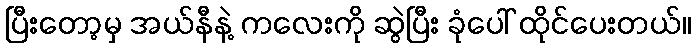
ပြီးတော့မှ အယ်နီနဲ့ ကလေးကို ဆွဲပြီး ခုံပေါ် ထိုင်ပေးတယ်။